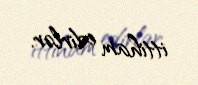
ittiham edirlər.